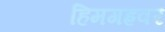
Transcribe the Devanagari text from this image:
हिमगह्रवर